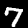
Digit: 7